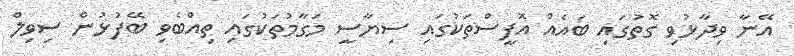
އޭނާ ވިދާޅުވި ގޮތުގައި ބައެއް އޮފީސްތަކުގައި ސިޔާސީ މަގާމުތަކުގައި ތިއްބެވި ބޭފުޅުން ސިވިލް